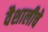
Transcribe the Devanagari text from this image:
वैशालीचे